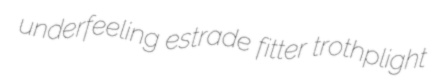
underfeeling estrade fitter trothplight